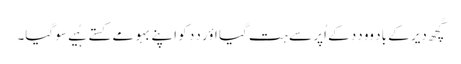
کُچھ دیر کے باد وو دِدِ کے اُپر سے ہت گیا اؤر دِدِ کو اَپنے بہو مے کستے ہُیے سو گیا۔